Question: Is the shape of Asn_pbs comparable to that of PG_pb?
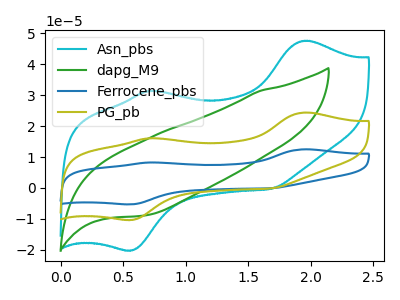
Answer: <think>The cyan curve "Asn_pbs" has anodic peaks at (1.95V, 47.60uA) (0.70V, 31.40uA) and cathodic peaks at (0.55V, -20.20uA) (1.70V, -0.25uA). The green curve "dapg_M9" has no peaks. The blue curve "Ferrocene_pbs" has anodic peaks at (1.95V, 48.75uA) (0.70V, 32.15uA) and cathodic peaks at (0.55V, -20.70uA) (1.70V, -0.30uA). The olive curve "PG_pb" has anodic peaks at (1.95V, 24.40uA) (0.70V, 16.10uA) and cathodic peaks at (0.55V, -10.35uA) (1.70V, -0.15uA).
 All the peaks in "Asn_pbs" have a peak in "PG_pb" at the same potential. Every peak in "Asn_pbs" is higher than every peak in "PG_pb".</think>
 <answer>"Asn_pbs" and "PG_pb" are similar in shape.</answer>
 <eval>same_shape</eval>